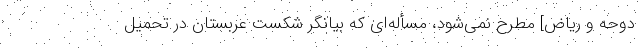
دوحه و ریاض] مطرح نمی‌شود، مسأله‌ای که بیانگر شکست عربستان در تحمیل